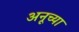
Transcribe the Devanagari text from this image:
अनूच्या